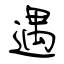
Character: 遇